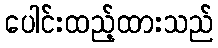
ပေါင်းထည့်ထားသည်